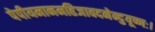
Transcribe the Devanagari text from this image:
पेपीयमानमहिजावदनेन्दुयूष्णः।